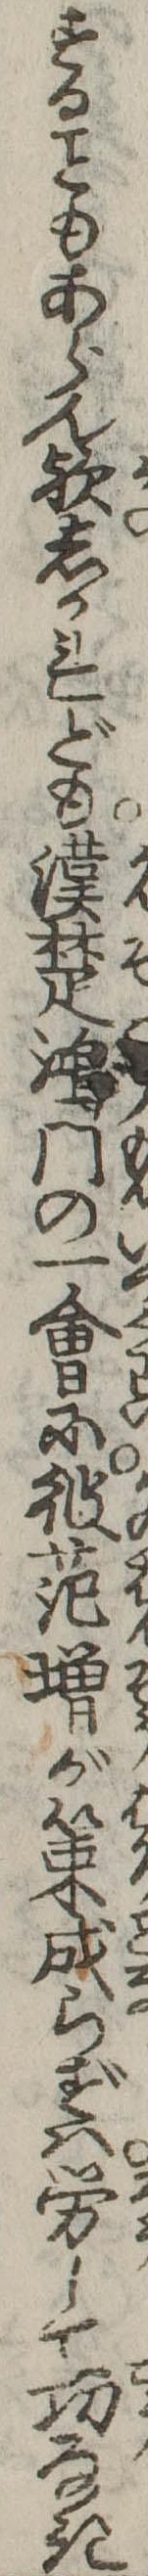
するもあらん歟しかれども漢楚鴻門の一㑹に彼范増が策成らずは労して功なき